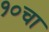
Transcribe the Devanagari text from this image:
१०चा